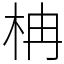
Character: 柟